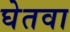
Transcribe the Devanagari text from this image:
घेतवा